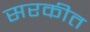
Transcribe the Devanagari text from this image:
सरकीत